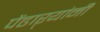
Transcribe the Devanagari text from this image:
पेंढाऱ्यांनी